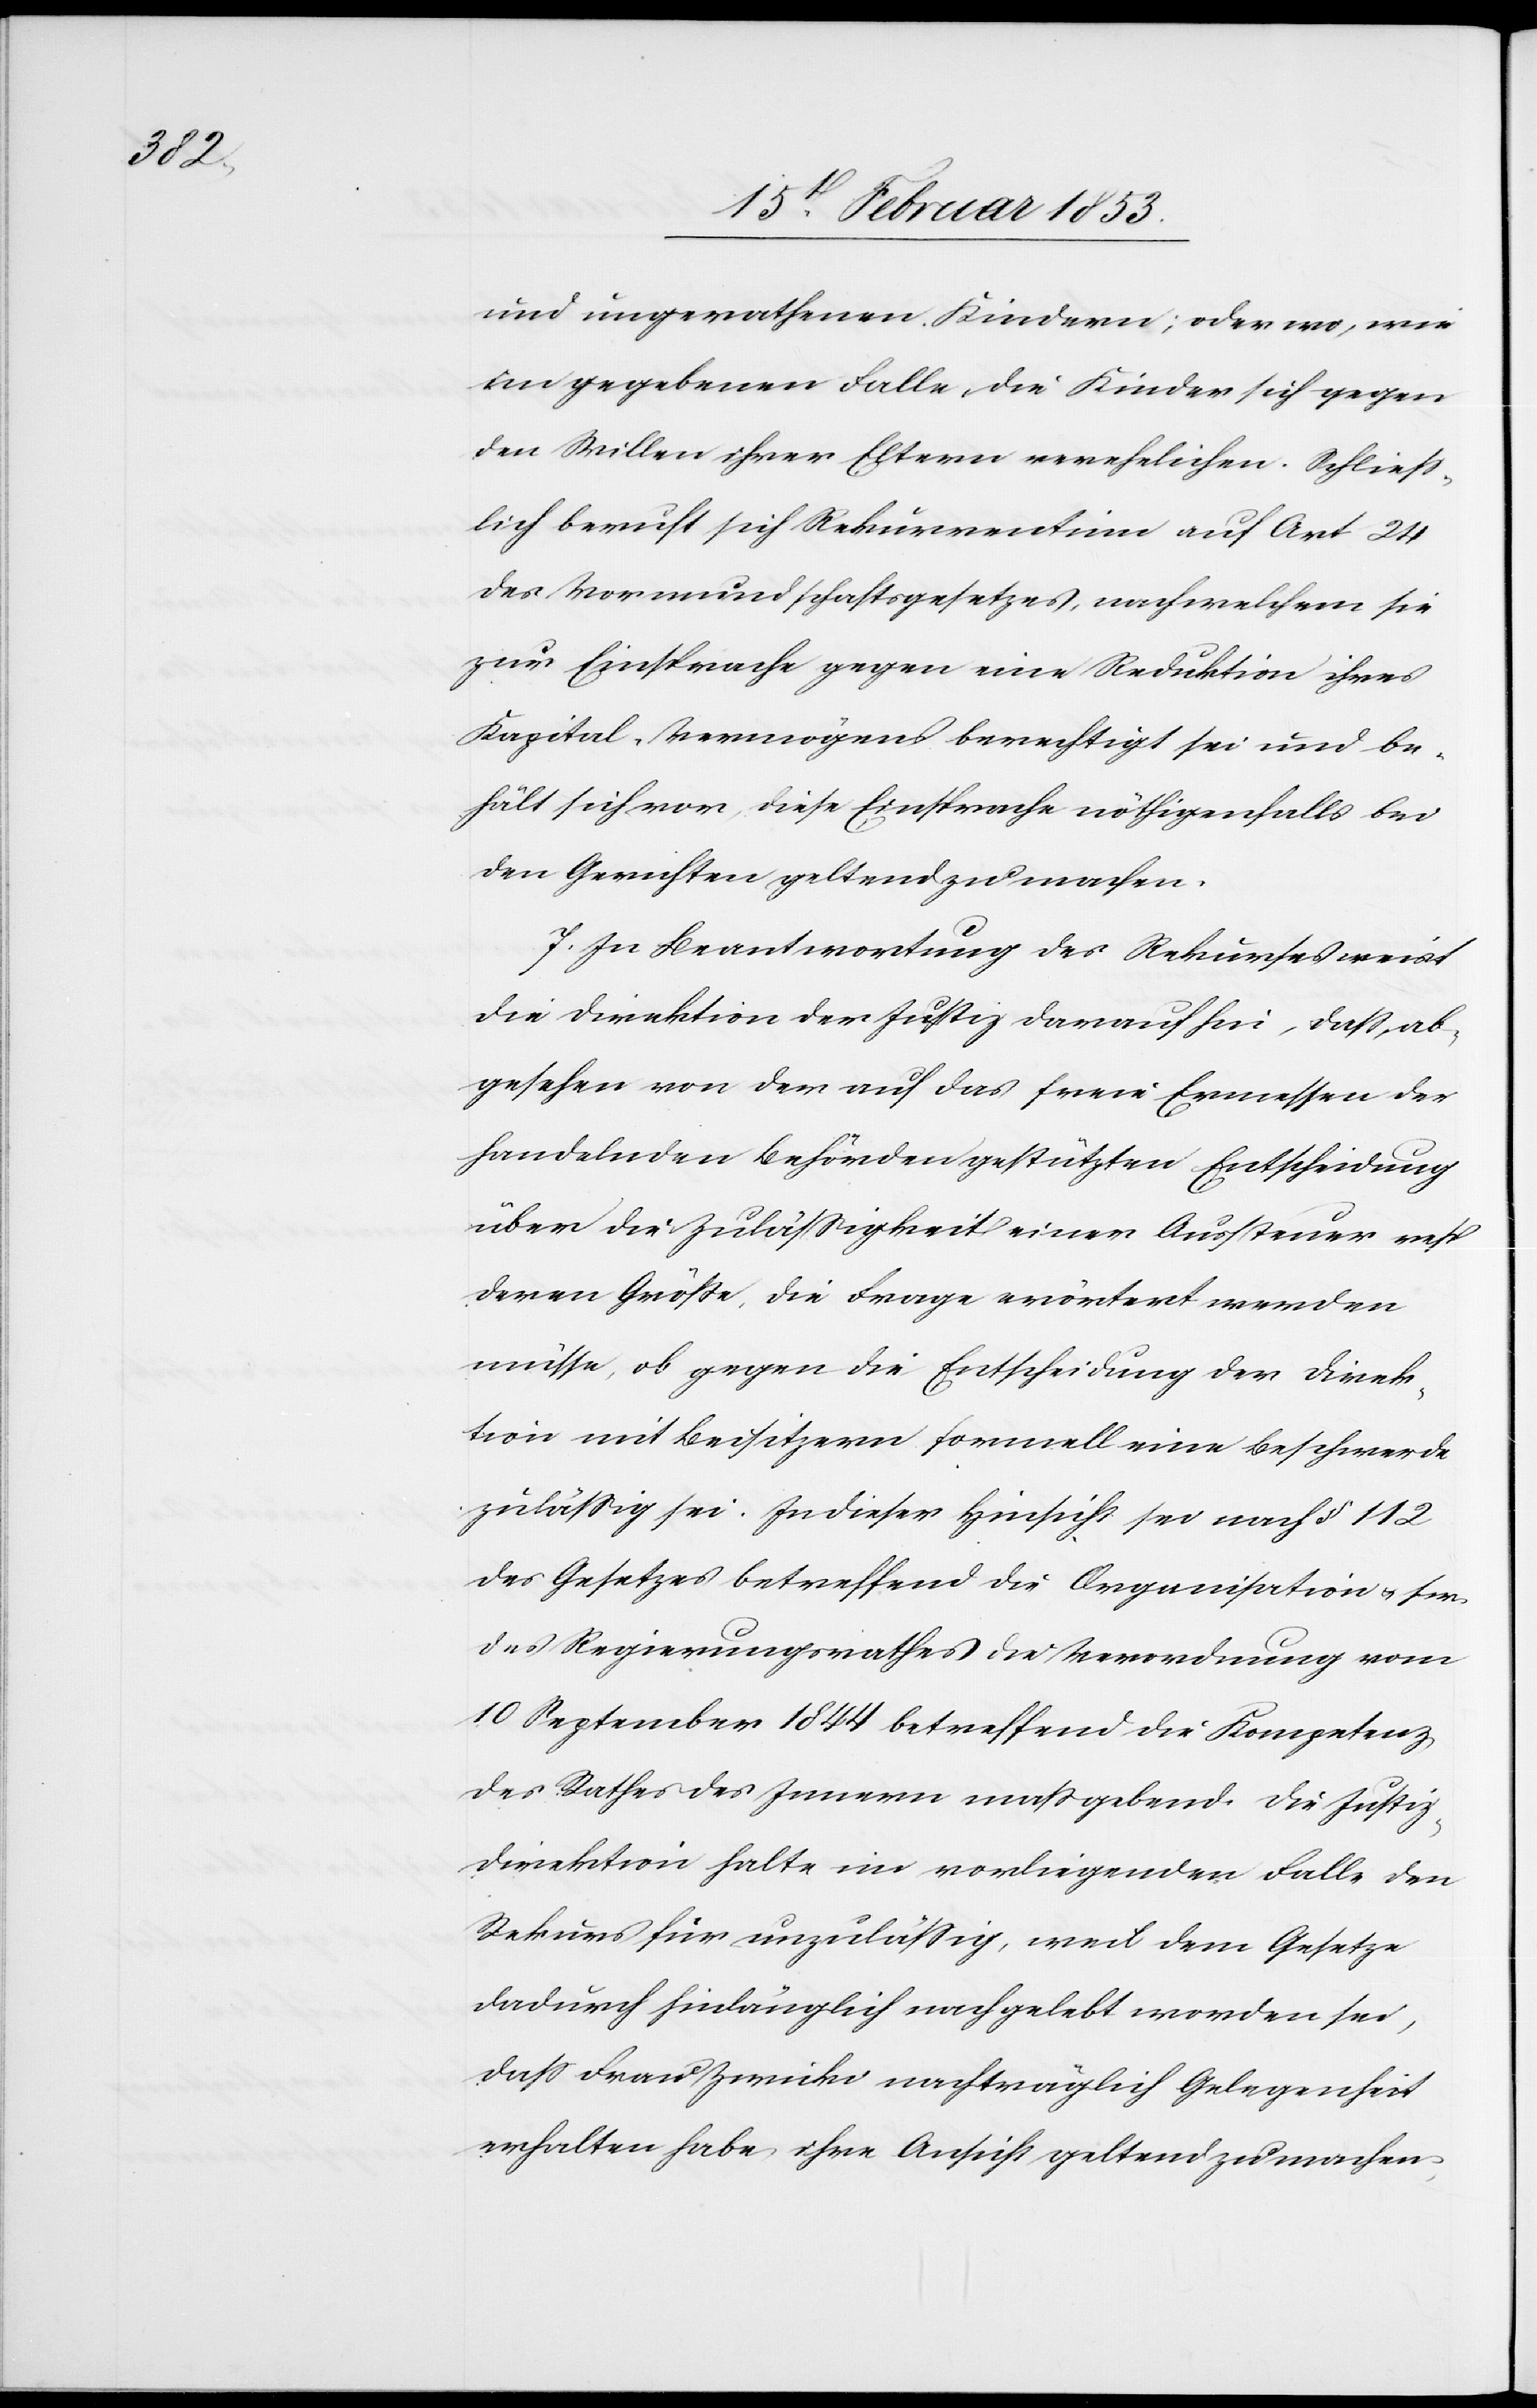
und ungerathenen Kindern; oder wo, wie
im gegebenen Falle, die Kinder sich gegen
den Willen ihrer Eltern verehelichen. Schließ¬
lich beruft sich Rekurrentinn auf Art. 24
des Vormundschaftsgesetzes, nach welchem sie
zur Einsprache gegen eine Reduktion ihres
Kapital-Vermögens berechtigt sei und be¬
hält sich vor, diese Einsprache nöthigenfalls bei
den Gerichten geltend zu machen.
F. In Beantwortung des Rekurses weist
die Direktion der Justiz darauf hin, daß, ab¬
gesehen von der auf das freie Ermessen der
handelnden Behörden gestützten Entscheidung
über die Zulässigkeit einer Aussteuer resp.
deren Größe, die Frage erörtert werden
müsse, ob gegen die Entscheidung der Direk¬
tion mit Beisitzern formell eine Beschwerde
zuläßig sei. In dieser Hinsicht sei nach § 112
des Gesetzes betreffend die Organisation u. s.
des Regierungsrathes die Verordnung vom
10 September 1844 betreffend die Kompetenz
des Rathes des Innern maßgebend. Die Justiz-D¬
irektion halte im vorliegenden Falle den
Rekurs für unzuläßig, weil dem Gesetze
dadurch hinlänglich nachgelebt worden sei,
daß Frau Zwicki nachträglich Gelegenheit
erhalten habe, ihre Ansicht geltend zu machen